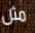
مثل